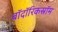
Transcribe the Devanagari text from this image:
बॉदॉरिकस्रॉम